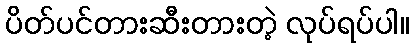
ပိတ်ပင်တားဆီးတားတဲ့ လုပ်ရပ်ပါ။